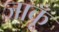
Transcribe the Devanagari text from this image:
जाकूँ